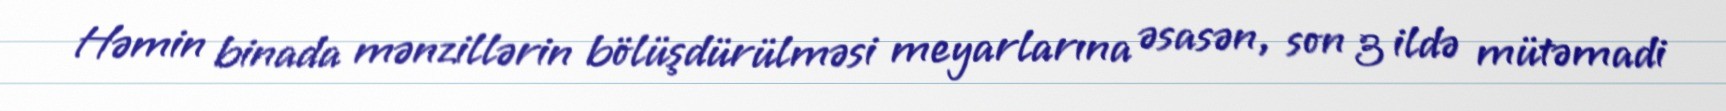
Həmin binada mənzillərin bölüşdürülməsi meyarlarına əsasən, son 3 ildə mütəmadi